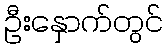
ဦးနှောက်တွင်